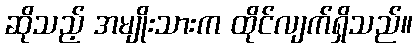
ဆိုသည့် အမျိုးသားက ထိုင်လျက်ရှိသည်။